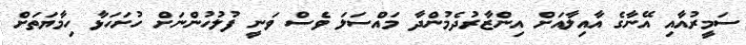
ސަމީރުއާއި އޭނާގެ އާއިލާއަށް އިންޒާރުދެމުންދާ މައްސަލަ ވެސް ވަނީ ފުލުހުންނަށް ހުށަހަޅާ ހިމާޔަތަށް